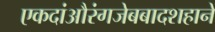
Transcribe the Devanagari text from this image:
एकदांऔरंगजेबबादशहाने